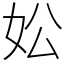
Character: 妐